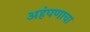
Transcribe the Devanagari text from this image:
अहंपणाचा